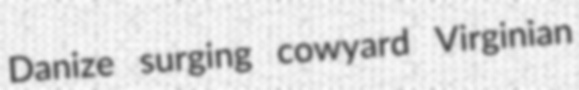
Danize surging cowyard Virginian